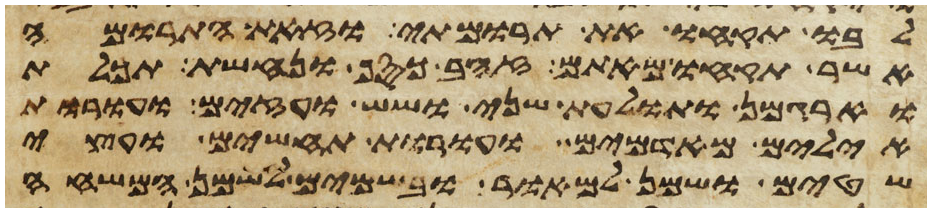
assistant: לבו תקחו את תרומתי וזאת התרומה
אשר תקחו מאתם זהב כסף ונחשת תכלת
וארגמן ותולעת שני ושש ועזים ועורות
אילים מאדמים ועורות תחשים ועצי
שטים ושמן למאור ובשמים לשמן המשחה